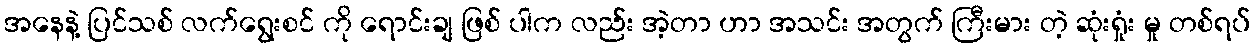
အနေနဲ့ ပြင်သစ် လက်ရွေးစင် ကို ရောင်းချ ဖြစ် ပါက လည်း အဲ့တာ ဟာ အသင်း အတွက် ကြီးမား တဲ့ ဆုံးရှုံး မှု တစ်ရပ်